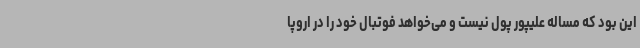
این بود که مساله علیپور پول نیست و می‌خواهد فوتبال خود را در اروپا